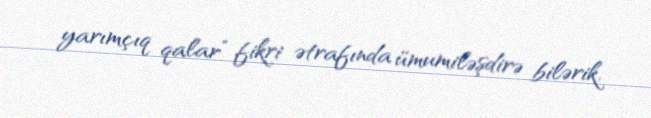
yarımçıq qalar” fikri ətrafında ümumiləşdirə bilərik.